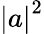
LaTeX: \left|a\right|^{2}